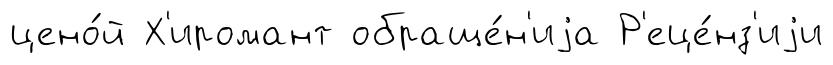
цено́й Х'иромант обраще́н'иjа Р'еце́нз'иjи